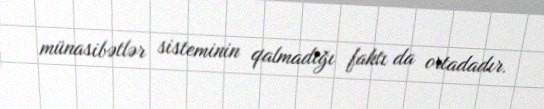
münasibətlər sisteminin qalmadığı faktı da ortadadır.